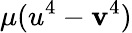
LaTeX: \mu(u^{4}-\mathbf{v}^{4})